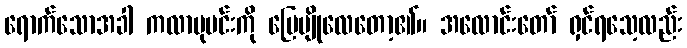
ရောက်သောအခါ ကလာဗုမင်းကို မြေမျိုလေတော့၏။ အလောင်းတော် ရှင်ရသေ့လည်း